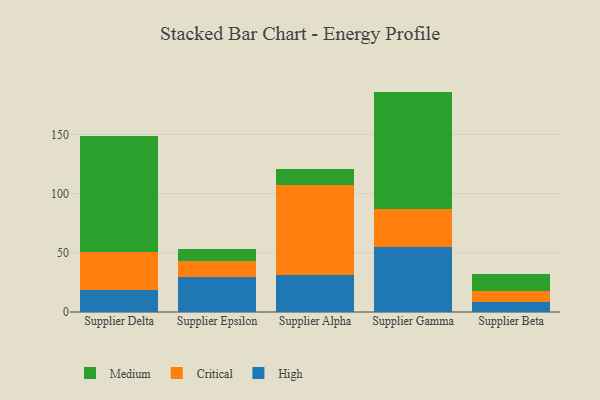
{"axis": {"x": "Supplier", "y": "Population (Million)"}, "legend": ["Critical", "High", "Medium"], "data": [{"x": "Supplier Delta", "y": 18.5, "type": "High"}, {"x": "Supplier Delta", "y": 32.3, "type": "Critical"}, {"x": "Supplier Delta", "y": 98.0, "type": "Medium"}, {"x": "Supplier Epsilon", "y": 29.6, "type": "High"}, {"x": "Supplier Epsilon", "y": 13.4, "type": "Critical"}, {"x": "Supplier Epsilon", "y": 10.4, "type": "Medium"}, {"x": "Supplier Alpha", "y": 31.1, "type": "High"}, {"x": "Supplier Alpha", "y": 75.8, "type": "Critical"}, {"x": "Supplier Alpha", "y": 14.0, "type": "Medium"}, {"x": "Supplier Gamma", "y": 54.9, "type": "High"}, {"x": "Supplier Gamma", "y": 32.4, "type": "Critical"}, {"x": "Supplier Gamma", "y": 98.8, "type": "Medium"}, {"x": "Supplier Beta", "y": 8.1, "type": "High"}, {"x": "Supplier Beta", "y": 9.3, "type": "Critical"}, {"x": "Supplier Beta", "y": 14.9, "type": "Medium"}]}